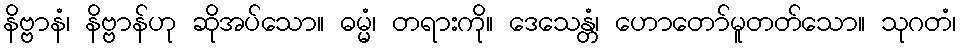
နိဗ္ဗာနံ၊ နိဗ္ဗာန်ဟု ဆိုအပ်သော။ ဓမ္မံ၊ တရားကို။ ဒေသေန္တံ၊ ဟောတော်မူတတ်သော။ သုဂတံ၊